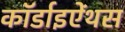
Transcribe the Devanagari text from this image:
कॉर्डाइऐंथस